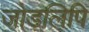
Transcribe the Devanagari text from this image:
जोड़लिपि